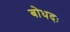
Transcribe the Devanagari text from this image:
बोधदः